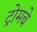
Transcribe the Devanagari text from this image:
ट्रोमबे